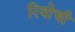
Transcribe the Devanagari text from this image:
रियोची